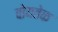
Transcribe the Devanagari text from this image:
वोयतेक